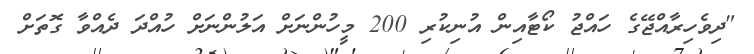
"ދިވެހިރާއްޖޭގެ ހައްޖު ކޯޓާއިން އުނިކުރި 200 މީހުންނަށް އަލުންނަށް ހުއްދަ ދެއްވާ ގޮތަށް